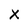
Character: X